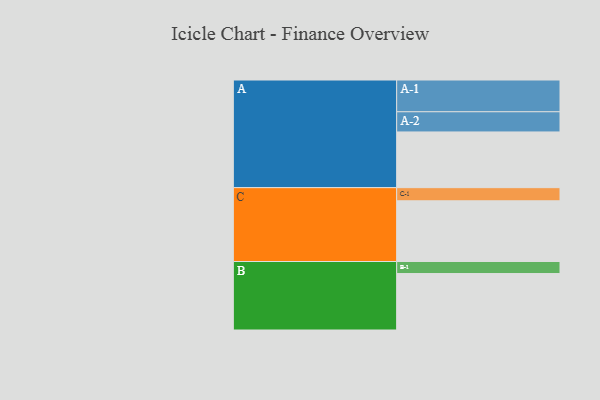
{"axis": {"x": "Segment", "y": "Value"}, "legend": ["", "A", "B", "C"], "data": [{"x": "A", "y": 458, "type": ""}, {"x": "B", "y": 464, "type": ""}, {"x": "C", "y": 499, "type": ""}, {"x": "A-1", "y": 261, "type": "A"}, {"x": "A-2", "y": 166, "type": "A"}, {"x": "B-1", "y": 99, "type": "B"}, {"x": "C-1", "y": 108, "type": "C"}]}